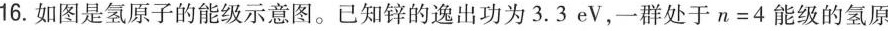
16.如图是氢原子的能级示意图。已知锌的逸出功为3.3eV，一群处于$$n = 4$$能级的氢原